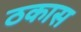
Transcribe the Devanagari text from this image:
ठकास